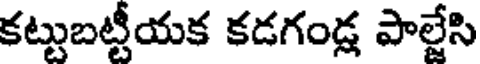
కట్టుబట్టీయక కడగండ్ల పాల్టేసి